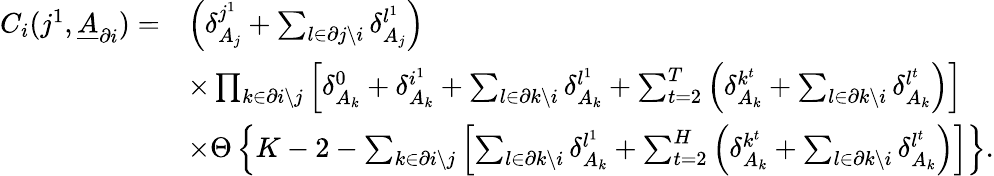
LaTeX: \begin{array}{rl}{C_{i}(j^{1},\underline{{A}}_{\partial i})=}&{\left(\delta_{A_{j}}^{j^{1}}+\sum_{l\in\partial j\backslash i}\delta_{A_{j}}^{l^{1}}\right)}\\ &{\times\prod_{k\in\partial i\backslash j}\left[\delta_{A_{k}}^{0}+\delta_{A_{k}}^{i^{1}}+\sum_{l\in\partial k\backslash i}\delta_{A_{k}}^{l^{1}}+\sum_{t=2}^{T}\left(\delta_{A_{k}}^{k^{t}}+\sum_{l\in\partial k\backslash i}\delta_{A_{k}}^{l^{t}}\right)\right]}\\ &{\times\Theta\left\{ K-2-\sum_{k\in\partial i\backslash j}\left[\sum_{l\in\partial k\backslash i}\delta_{A_{k}}^{l^{1}}+\sum_{t=2}^{H}\left(\delta_{A_{k}}^{k^{t}}+\sum_{l\in\partial k\backslash i}\delta_{A_{k}}^{l^{t}}\right)\right]\right\} .}\end{array}